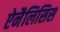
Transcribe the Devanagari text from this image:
ऐनैलिसिस